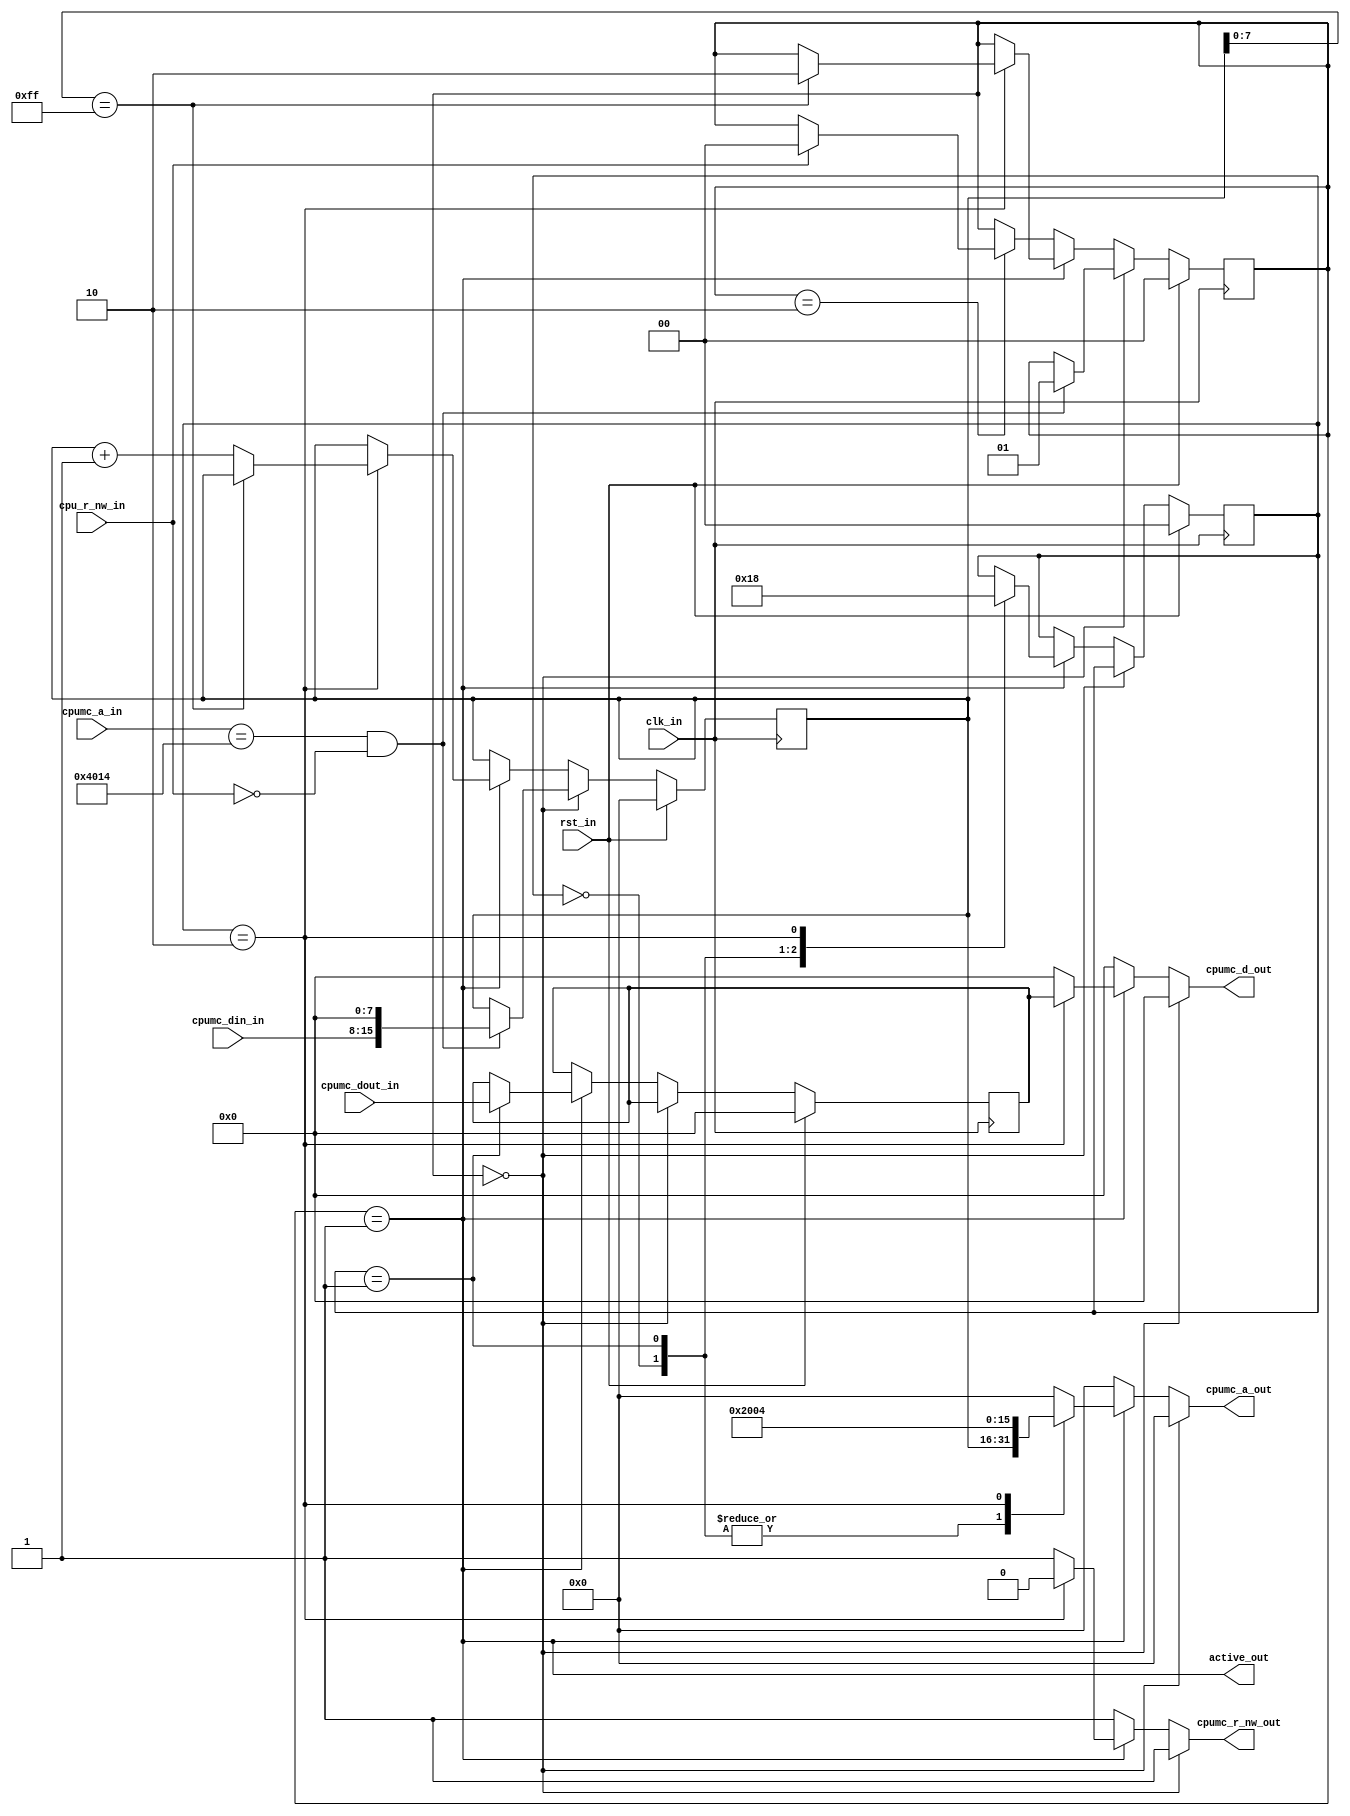
module sprdma
(
  input  wire        clk_in,         // 100MHz system clock signal
  input  wire        rst_in,         // reset signal
  input  wire [15:0] cpumc_a_in,     // cpu address bus in (to snoop cpu writes of 0x4014)
  input  wire [ 7:0] cpumc_din_in,   // cpumc din bus in (to snoop cpu writes of 0x4014)
  input  wire [ 7:0] cpumc_dout_in,  // cpumc dout bus in (to receive sprdma read data)
  input  wire        cpu_r_nw_in,    // cpu write enable (to snoop cpu writes of 0x4014)
  output wire        active_out,     // high when sprdma is active (de-assert cpu ready signal)
  output reg  [15:0] cpumc_a_out,    // cpu address bus out (for dma cpu mem reads/writes)
  output reg  [ 7:0] cpumc_d_out,    // cpu data bus out (for dma mem writes)
  output reg         cpumc_r_nw_out  // cpu r_nw signal out (for dma mem writes)
);

// Symbolic state representations.
localparam [1:0] S_READY    = 2'h0,
                 S_ACTIVE   = 2'h1,
                 S_COOLDOWN = 2'h2;

reg [ 1:0] q_state, d_state; // current fsm state
reg [15:0] q_addr,  d_addr;  // current cpu address to be copied to sprite ram
reg [ 1:0] q_cnt,   d_cnt;   // counter to manage stages of dma copies
reg [ 7:0] q_data,  d_data;  // latch for data read from cpu mem

// Update FF state.
always @(posedge clk_in)
  begin
    if (rst_in)
      begin
        q_state <= S_READY;
        q_addr  <= 16'h0000;
        q_cnt   <= 2'h0;
        q_data  <= 8'h00;
      end
    else
      begin
        q_state <= d_state;
        q_addr  <= d_addr;
        q_cnt   <= d_cnt;
        q_data  <= d_data;
      end
  end

always @*
  begin
    // Default regs to current state.
    d_state = q_state;
    d_addr  = q_addr;
    d_cnt   = q_cnt;
    d_data  = q_data;

    // Default to no memory action.
    cpumc_a_out    = 16'h00;
    cpumc_d_out    = 8'h00;
    cpumc_r_nw_out = 1'b1;

    if (q_state == S_READY)
      begin
        // Detect write to 0x4014 to begin DMA.
        if ((cpumc_a_in == 16'h4014) && !cpu_r_nw_in)
          begin
            d_state = S_ACTIVE;
            d_addr  = { cpumc_din_in, 8'h00 };
          end
      end
    else if (q_state == S_ACTIVE)
      begin
        case (q_cnt)
          2'h0:
            begin
              cpumc_a_out = q_addr;
              d_cnt       = 2'h1;
            end
          2'h1:
            begin
              cpumc_a_out = q_addr;
              d_data      = cpumc_dout_in;
              d_cnt       = 2'h2;
            end
          2'h2:
            begin
              cpumc_a_out    = 16'h2004;
              cpumc_d_out    = q_data;
              cpumc_r_nw_out = 1'b0;
              d_cnt          = 2'h0;

              if (q_addr[7:0] == 8'hff)
                d_state = S_COOLDOWN;
              else
                d_addr = q_addr + 16'h0001;
            end
        endcase
      end
    else if (q_state == S_COOLDOWN)
      begin
        if (cpu_r_nw_in)
          d_state = S_READY;
      end
  end

assign active_out = (q_state == S_ACTIVE);

endmodule